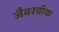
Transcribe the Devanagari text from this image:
जैबरवॉक